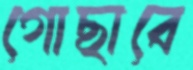
গোছাবে